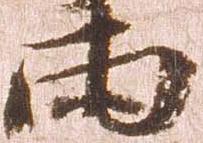
両